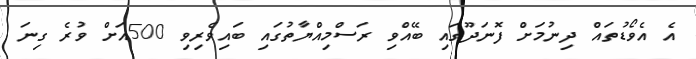
އެ އެވޯޑުތައް ދިނުމަށް ފޮނަދޫގައި ބޭއްވި ރަސްމިއްޔާތުގައި ބައިވެރިވި 500އަށް ވުރެ ގިނަ